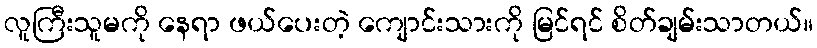
လူကြီးသူမကို နေရာ ဖယ်ပေးတဲ့ ကျောင်းသားကို မြင်ရင် စိတ်ချမ်းသာတယ်။